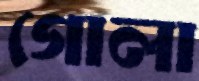
গোলা